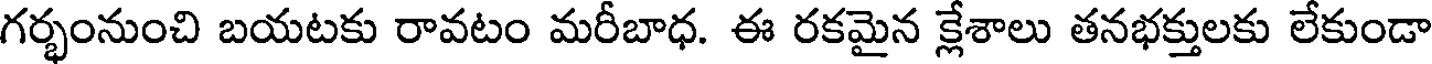
గర్భంనుంచి బయటకు రావటం మరీబాధ. ఈ రకమైన క్లేశాలు తనభక్తులకు లేకుండా